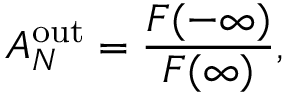
{ \cal A } _ { N } ^ { \mathrm { o u t } } = { \frac { { \cal F } ( - \infty ) } { { \cal F } ( \infty ) } } ,